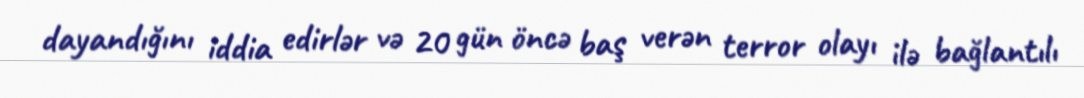
dayandığını iddia edirlər və 20 gün öncə baş verən terror olayı ilə bağlantılı